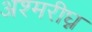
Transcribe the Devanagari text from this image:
अश्मरीघ्न